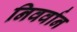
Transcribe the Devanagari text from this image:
निवर्वान